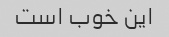
این خوب است